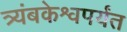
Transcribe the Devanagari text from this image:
त्र्यंबकेश्वपर्यंत